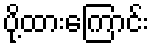
ပို့ထားကြောင်း